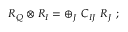
R _ { Q } \otimes R _ { I } = \oplus _ { J } \ C _ { I J } \ R _ { J } \ ;